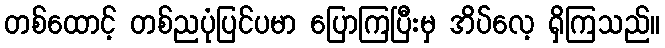
တစ်ထောင့် တစ်ညပုံပြင်ပမာ ပြောကြပြီးမှ အိပ်လေ့ ရှိကြသည်။